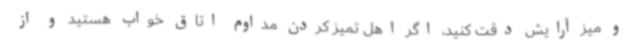
و میز آرایش دقت کنید، اگر اهل تمیز کردن مداوم اتاق خواب هستید و از